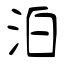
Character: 泊